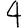
Digit: 4